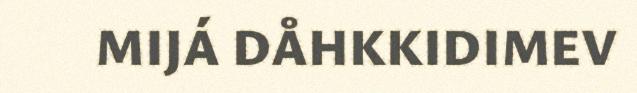
MIJÁ DÅHKKIDIMEV